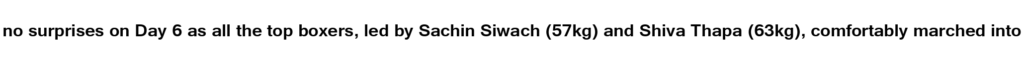
no surprises on Day 6 as all the top boxers, led by Sachin Siwach (57kg) and Shiva Thapa (63kg), comfortably marched into